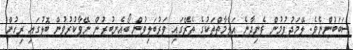
ސަބަބުންނެވެ. ލޭމަދުވުމުން ފެނިދާނެ އަލާމާތްތަކުގެ ތެރޭގައި ވަރުބަލިވުން ބޯއެނބުރުން ނޭވާކުރުވުން ބޮލުގައި ރިހުން